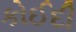
કોઈદી